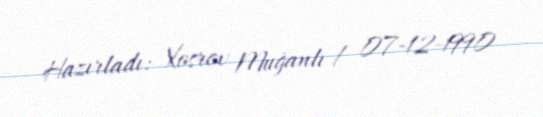
Hazırladı: Xosrov Muğanlı / 07-12-1990